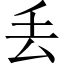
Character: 丢